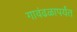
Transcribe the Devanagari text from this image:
गावंढळापर्यंत